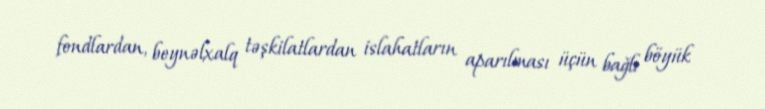
fondlardan, beynəlxalq təşkilatlardan islahatların aparılması üçün bağlı böyük